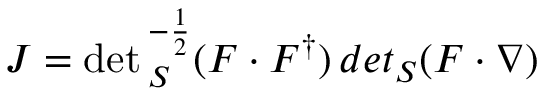
J = \operatorname * { d e t } { } _ { S } ^ { - { \frac { 1 } { 2 } } } ( F \cdot F ^ { \dagger } ) \, d e t { } _ { S } ( F \cdot \nabla )